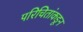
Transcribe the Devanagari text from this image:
परिचितांकडून